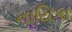
નાયિકા